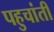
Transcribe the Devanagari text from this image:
पहुचांती